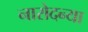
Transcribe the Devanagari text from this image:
नारोदन्या